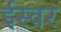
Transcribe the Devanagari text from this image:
ईस्वर